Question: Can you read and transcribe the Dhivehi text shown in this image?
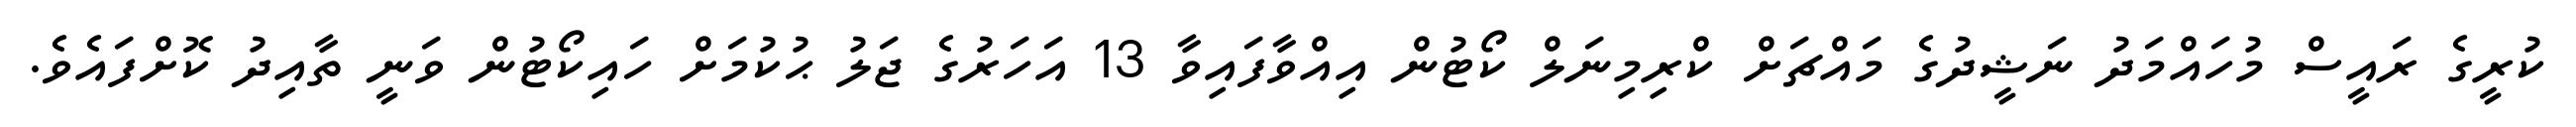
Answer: ކުރީގެ ރައީސް މުހައްމަދު ނަޝީދުގެ މައްޗަށް ކްރިމިނަލް ކޯޓުން އިއްވާފައިވާ 13 އަހަރުގެ ޖަލު ޙުކުމަށް ހައިކޯޓުން ވަނީ ތާއިދު ކޮށްފައެވެ.